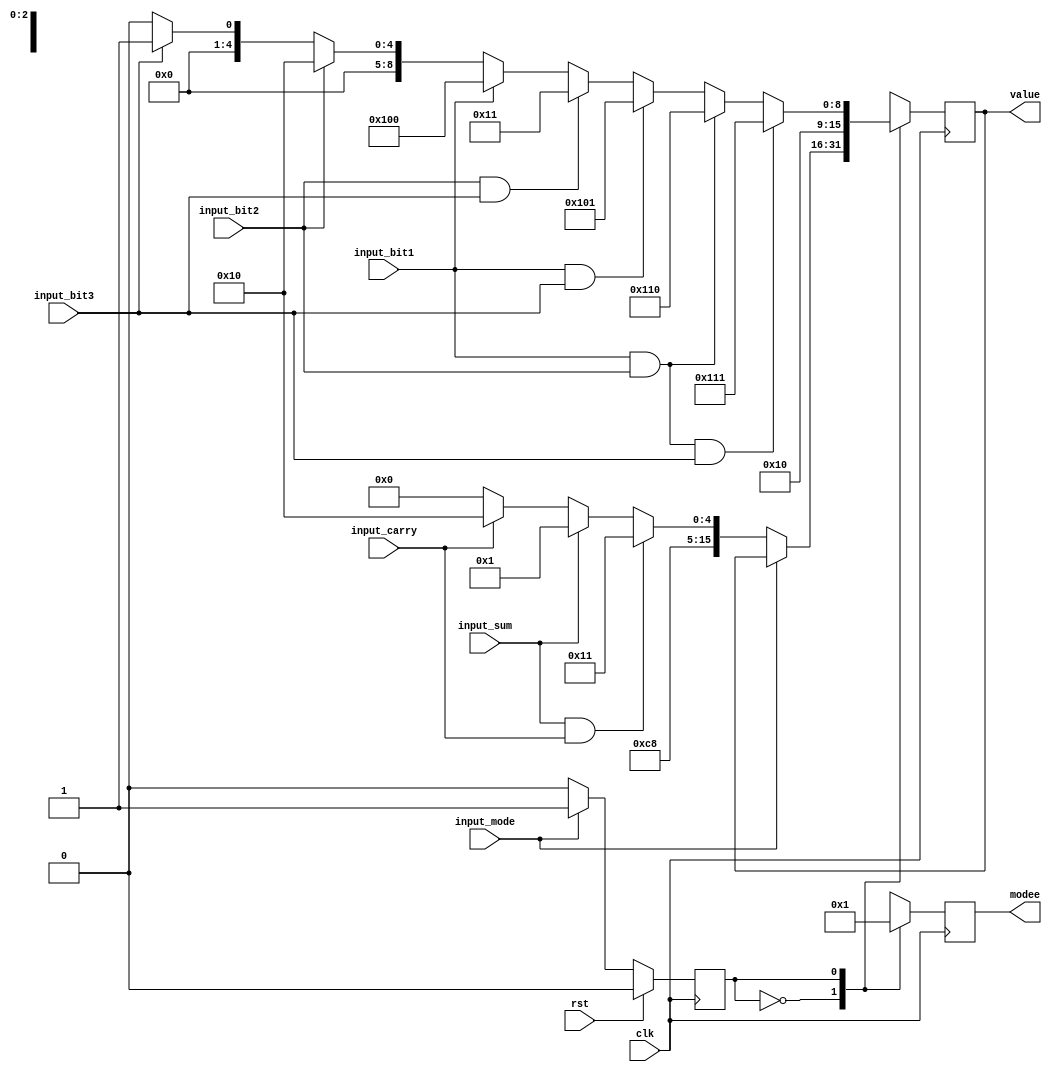
/*
   This file was generated automatically by the Mojo IDE version B1.3.6.
   Do not edit this file directly. Instead edit the original Lucid source.
   This is a temporary file and any changes made to it will be destroyed.
*/

module state_machine_8 (
    input clk,
    input rst,
    output reg [15:0] value,
    input input_sum,
    input input_carry,
    input input_mode,
    output reg [2:0] modee,
    input input_bit1,
    input input_bit2,
    input input_bit3
  );
  
  
  
  localparam MANUAL_state = 1'd0;
  localparam AUTO_state = 1'd1;
  
  reg M_state_d, M_state_q = MANUAL_state;
  reg [15:0] M_display_value_d, M_display_value_q = 1'h0;
  reg [2:0] M_mode_d, M_mode_q = 1'h0;
  
  always @* begin
    M_state_d = M_state_q;
    M_display_value_d = M_display_value_q;
    M_mode_d = M_mode_q;
    
    value = M_display_value_q;
    modee = M_mode_q;
    
    case (M_state_q)
      MANUAL_state: begin
        M_mode_d = 1'h0;
        if (input_mode) begin
          M_state_d = AUTO_state;
        end else begin
          if (input_sum & input_carry) begin
            M_display_value_d = 16'h1911;
          end else begin
            if (input_sum) begin
              M_display_value_d = 16'h1901;
            end else begin
              if (input_carry) begin
                M_display_value_d = 16'h1910;
              end else begin
                M_display_value_d = 16'h1900;
              end
            end
          end
        end
      end
      AUTO_state: begin
        M_mode_d = 1'h1;
        if (!input_mode) begin
          M_state_d = MANUAL_state;
        end
        if (input_bit1 & input_bit2 & input_bit3) begin
          M_display_value_d = 16'h2111;
        end else begin
          if (input_bit1 & input_bit2) begin
            M_display_value_d = 16'h2110;
          end else begin
            if (input_bit1 & input_bit3) begin
              M_display_value_d = 16'h2101;
            end else begin
              if (input_bit2 & input_bit3) begin
                M_display_value_d = 16'h2011;
              end else begin
                if (input_bit1) begin
                  M_display_value_d = 16'h2100;
                end else begin
                  if (input_bit2) begin
                    M_display_value_d = 16'h2010;
                  end else begin
                    if (input_bit3) begin
                      M_display_value_d = 16'h2001;
                    end else begin
                      M_display_value_d = 16'h2000;
                    end
                  end
                end
              end
            end
          end
        end
      end
    endcase
  end
  
  always @(posedge clk) begin
    M_display_value_q <= M_display_value_d;
    M_mode_q <= M_mode_d;
    
    if (rst == 1'b1) begin
      M_state_q <= 1'h0;
    end else begin
      M_state_q <= M_state_d;
    end
  end
  
endmodule